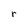
Character: r